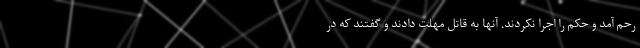
رحم آمد و حکم را اجرا نکردند. آنها به قاتل مهلت دادند و گفتند که در